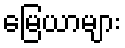
မြေယာများ